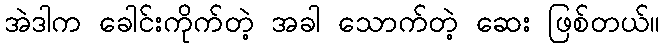
အဲဒါက ခေါင်းကိုက်တဲ့ အခါ သောက်တဲ့ ဆေး ဖြစ်တယ်။